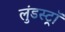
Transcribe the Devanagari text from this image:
लुंडस्ट्राॅ